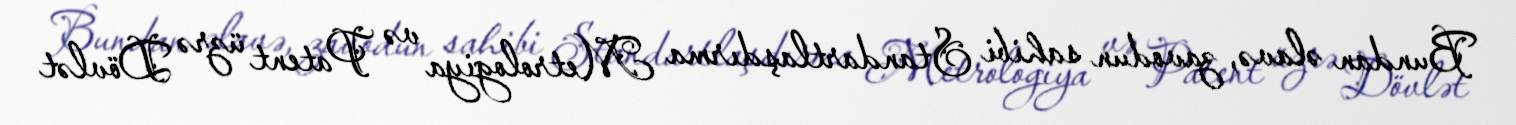
Bundan əlavə, zavodun sahibi Standartlaşdırma Metrologiya və Patent üzrə Dövlət